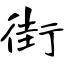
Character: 街